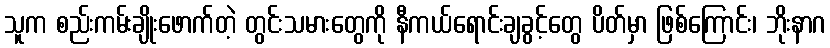
သူက စည်းကမ်းချိုးဖောက်တဲ့ တွင်းသမားတွေကို နီကယ်ရောင်းချခွင့်တွေ ပိတ်မှာ ဖြစ်ကြောင်း၊ ဘိုးနာဂ